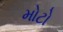
મોટો